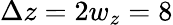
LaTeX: \Delta z=2w_{z}=8